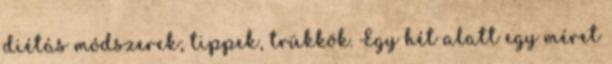
diétás módszerek; tippek, trükkök. Egy hét alatt egy méret